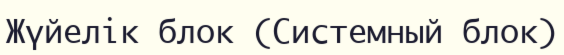
Жүйелік блок (Системный блок)